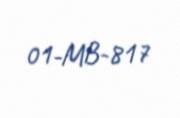
01-MB-817